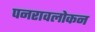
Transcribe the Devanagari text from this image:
पनरावलोकन